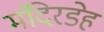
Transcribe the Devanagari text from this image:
मंदिरडेह